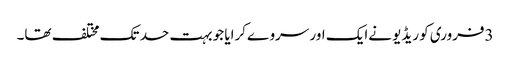
3فروری کو ریڈیو نےایک اور سروےکرایا جو بہت حد تک مختلف تھا۔